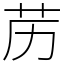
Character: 苈